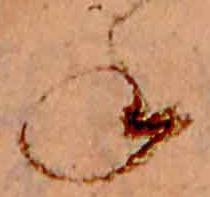
ね